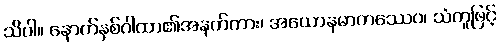
သိပါ။ နောက်နှစ်ဂါထာ၏အနက်ကား၊ အယောနမာတဿေဝ၊ သံကူဖြင့်